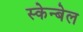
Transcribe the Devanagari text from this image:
स्केन्बेल